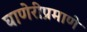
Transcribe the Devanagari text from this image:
घाणेरीप्रमाणे